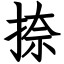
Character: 捺